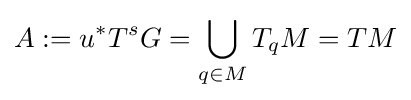
A:=u^{*}T^{s}G=\bigcup _{q\in M}T_{q}M=TM